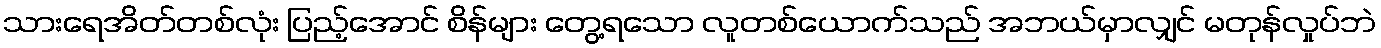
သားရေအိတ်တစ်လုံး ပြည့်အောင် စိန်များ တွေ့ရသော လူတစ်ယောက်သည် အဘယ်မှာလျှင် မတုန်လှုပ်ဘဲ